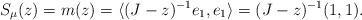
LaTeX: \begin{align*}S_\mu(z) = m(z) = \langle (J - z)^{-1}e_1, e_1 \rangle = (J-z)^{-1}(1,1).\end{align*}